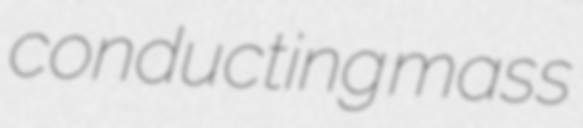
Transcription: conducting mass